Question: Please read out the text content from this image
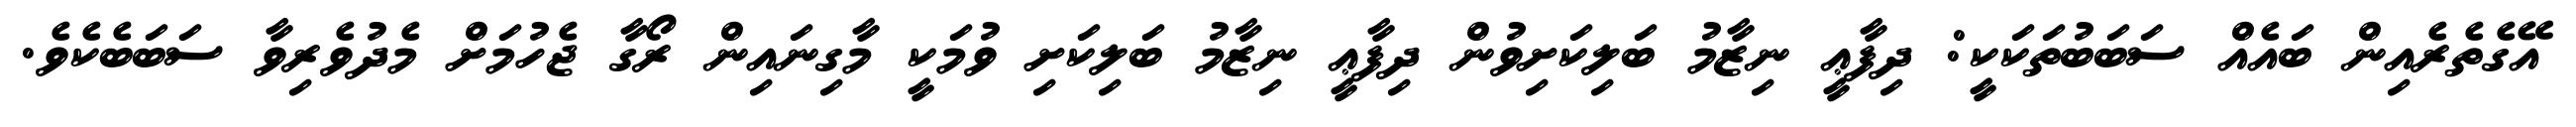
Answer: އޭގެތެރެއިން ބައެއް ސަބަބުތަކަކީ: ދިފާޢީ ނިޒާމު ބަލިކަށިވުން ދިފާޢީ ނިޒާމު ބަލިކަށި ވުމަކީ މާގިނައިން ރޯގާ ޖެހުމަށް މެދުވެރިވާ ސަބަބެކެވެ.